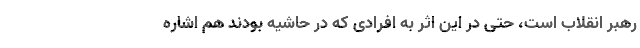
رهبر انقلاب است، حتی در این اثر به افرادی که در حاشیه بودند هم اشاره